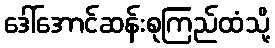
ဒေါ်အောင်ဆန်းစုကြည်ထံသို့